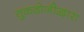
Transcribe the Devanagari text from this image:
तुकडोजीद्वारा